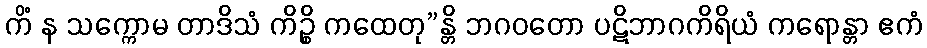
ကိံ န သက္ကောမ တာဒိသံ ကိဉ္စိ ကထေတု”န္တိ ဘဂဝတော ပဋိဘာဂကိရိယံ ကရောန္တာ ဧကံ